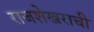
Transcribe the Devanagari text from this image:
राजशेखराची